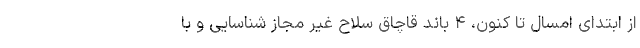
از ابتدای امسال تا کنون، ۴ باند قاچاق سلاح غیر مجاز شناسایی و با